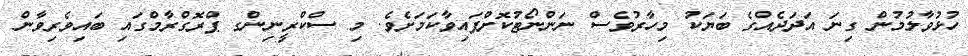
ހުޅުވާލުމުން ގިނަ އަދަދެއްގެ ބަޔަކު މިހާރުވެސް ނަންނޯޓުކޮށްފައިވާކަމަށެވެ. މި ސްކްރީނިންގ ޕްރޮގްރާމްގައި ބައިވެރިވާން